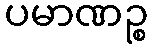
ပမာဏဉ္စ